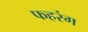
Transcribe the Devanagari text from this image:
फहरंग